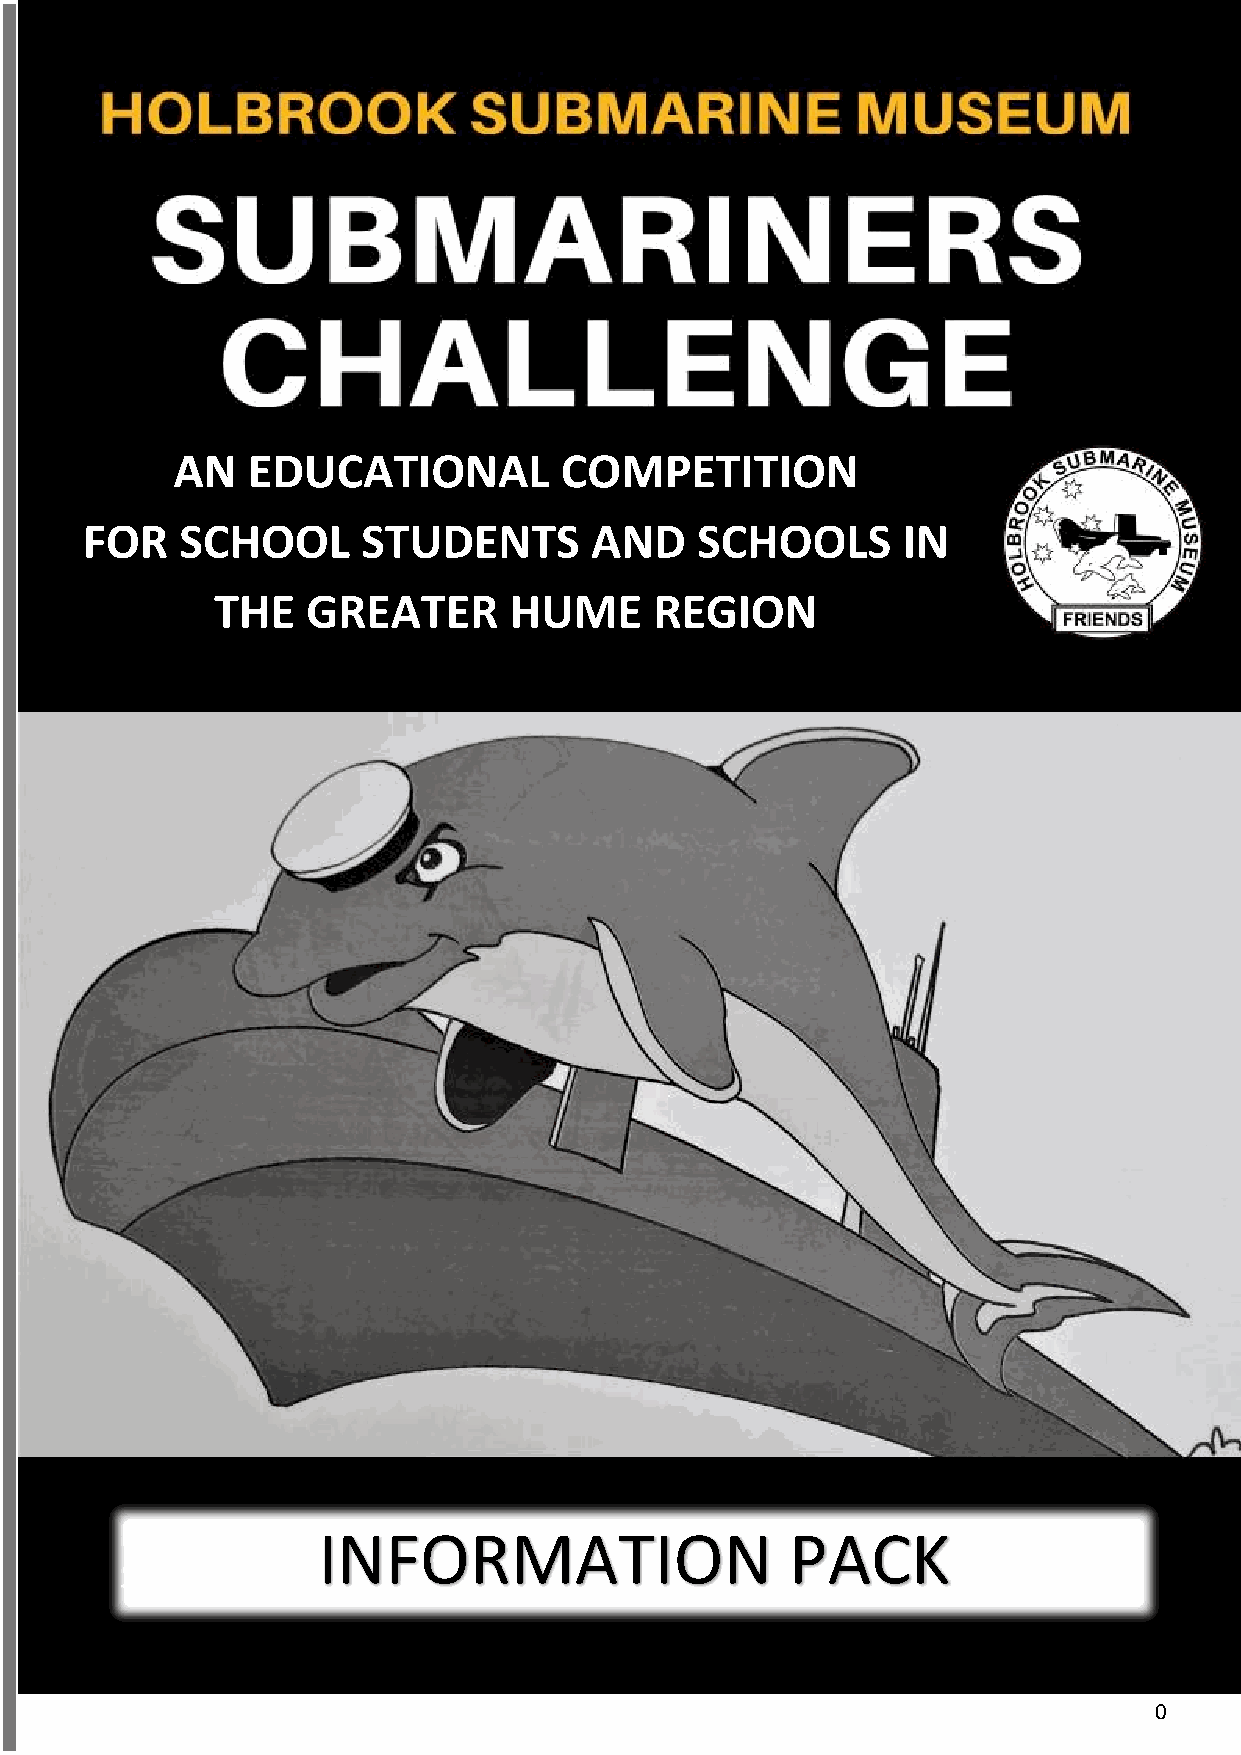
AN   EDUCATIONAL          COMPETITION
 FOR    SCHOOL      STUDENTS       AND    SCHOOLS       IN
 THE   GREATER       HUME     REGION
 INFORMATION                    PACK
 0